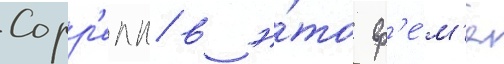
Сорр'елл в э́то вр'е́м'я